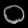
Digit: ၀